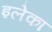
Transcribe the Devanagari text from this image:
इलेका